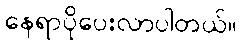
နေရာပိုပေးလာပါတယ်။